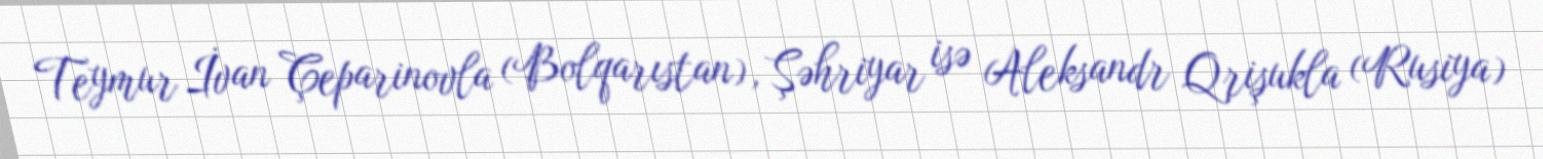
Teymur İvan Çeparinovla (Bolqarıstan), Şəhriyar isə Aleksandr Qrişukla (Rusiya)